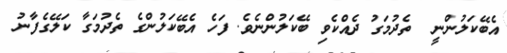
އެބޭކަލުންނީ  ތެދުމަގު ދެއްކެވި ބޭކަލުންނެވެ. ފަހެ އެބޭކަަލުންގެ ތެދުމަގާ ކަލޭގެފާނު